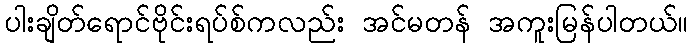
ပါးချိတ်ရောင်ဗိုင်းရပ်စ်ကလည်း အင်မတန် အကူးမြန်ပါတယ်။